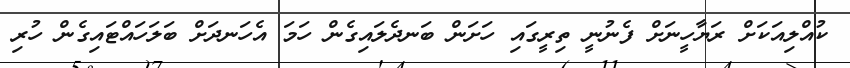
ކުއްލިއަކަށް ރަޔާހީނަށް ފެނުނީ ތިރީގައި ހަށަން ބަނދެލައިގެން ހަމަ އެހަނދަށް ބަލަހައްޓައިގެން ހުރި